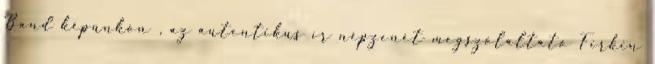
Band képünkön , az autentikus ír népzenét megszólaltató Firkin